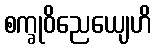
စက္ခုဝိညေယျေဟိ